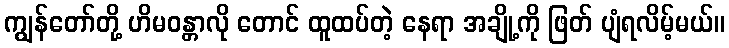
ကျွန်တော်တို့ ဟိမဝန္တာလို တောင် ထူထပ်တဲ့ နေရာ အချို့ကို ဖြတ် ပျံရလိမ့်မယ်။